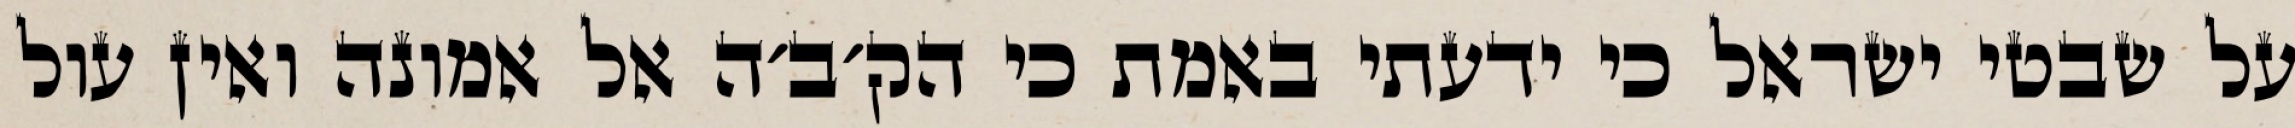
על שבטי ישראל כי ידעתי באמת כי הק׳ב׳ה אל אמונה ואין עול